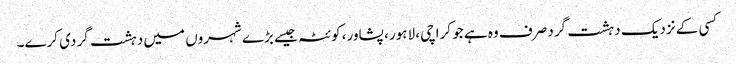
کسی کے نزدیک دہشت گرد صرف وہ ہے جو کراچی، لاہور، پشاور، کوئٹہ جیسے بڑے شہروں میں دہشت گردی کرے۔